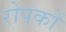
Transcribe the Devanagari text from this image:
रोपकों